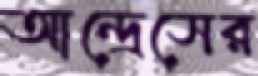
আন্দ্রেসের